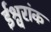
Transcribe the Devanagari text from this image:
ईश्वरांक